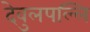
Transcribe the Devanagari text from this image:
देवुलपल्लि